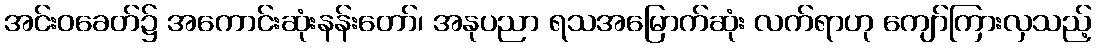
အင်းဝခေတ်၌ အကောင်းဆုံးနန်းတော်၊ အနုပညာ ရသအမြောက်ဆုံး လက်ရာဟု ကျော်ကြားလှသည့်